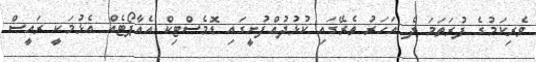
ވެރިކަމުގެ ފުރަތަަމަ ދެ އަހަރު ތެރޭގައި ކުޅުދުއްފުށީގައި ޑޮމެސްޓިކް އެއާޕޯޓެއް އެޅުމަކީ ރައީސް